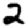
Digit: 2